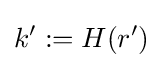
k':=H(r')